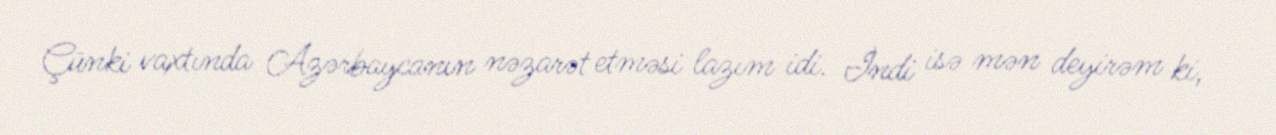
Çünki vaxtında Azərbaycanın nəzarət etməsi lazım idi. İndi isə mən deyirəm ki,